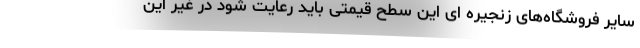
سایر فروشگاه‌های زنجیره ای این سطح قیمتی باید رعایت شود در غیر این